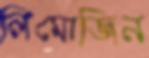
লিমোজিন